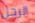
الرجل